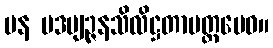
ပန ပဒဗျဉ္ဇနသိလိဋ္ဌတာမတ္တမေဝ။